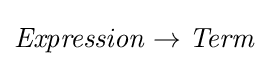
{\mathit {Expression}}\to {\mathit {Term}}